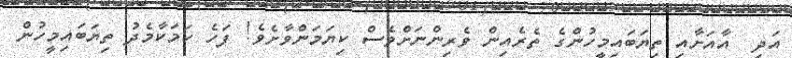
އަދި  އާއަށާއި ތިޔަބައިމީހުންގެ ތެރެއިން ވެރިންނަށްވެސް ކިޔަމަންވާށެވެ! ފަހެ ކަމަކާމެދު ތިޔަބައިމީހުން